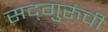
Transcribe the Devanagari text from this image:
सद्‍गुरुंची